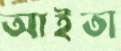
আইতা